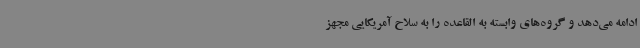
ادامه می‌دهد و گروه‌های وابسته به القاعده را به سلاح آمریکایی مجهز